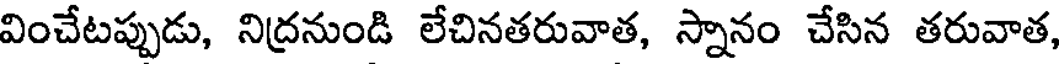
వించేటప్పుడు, నిద్రనుండి లేచినతరువాత, స్నానం చేసిన తరువాత,